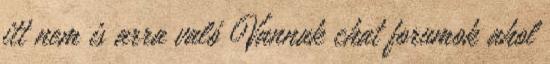
itt nem is arra való Vannak chat forumok ahol